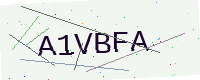
Text: A1VBFA